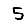
Digit: 5